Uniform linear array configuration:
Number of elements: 32
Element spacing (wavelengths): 0.5
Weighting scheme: exponential
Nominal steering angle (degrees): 30
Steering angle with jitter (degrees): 28.755
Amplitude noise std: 0.05
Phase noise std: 0.05

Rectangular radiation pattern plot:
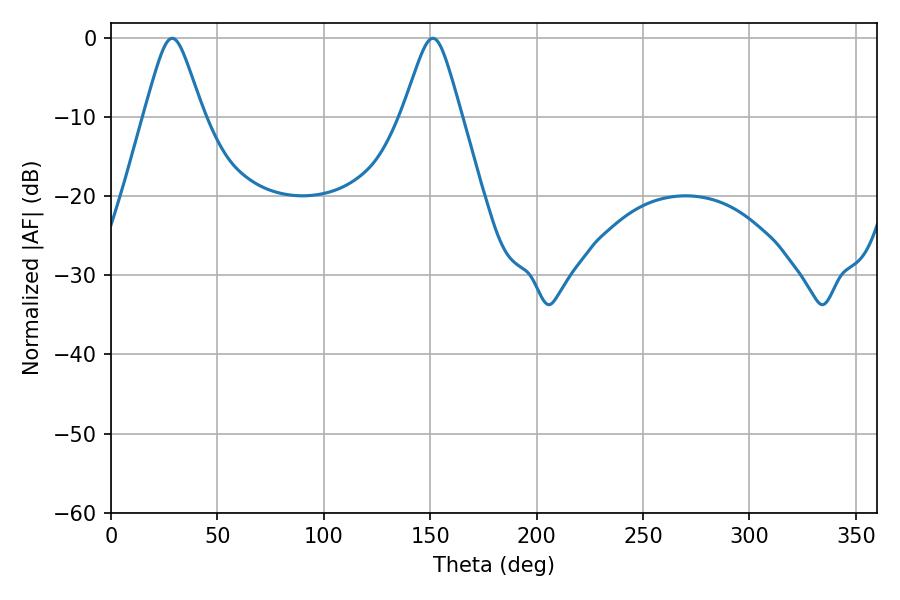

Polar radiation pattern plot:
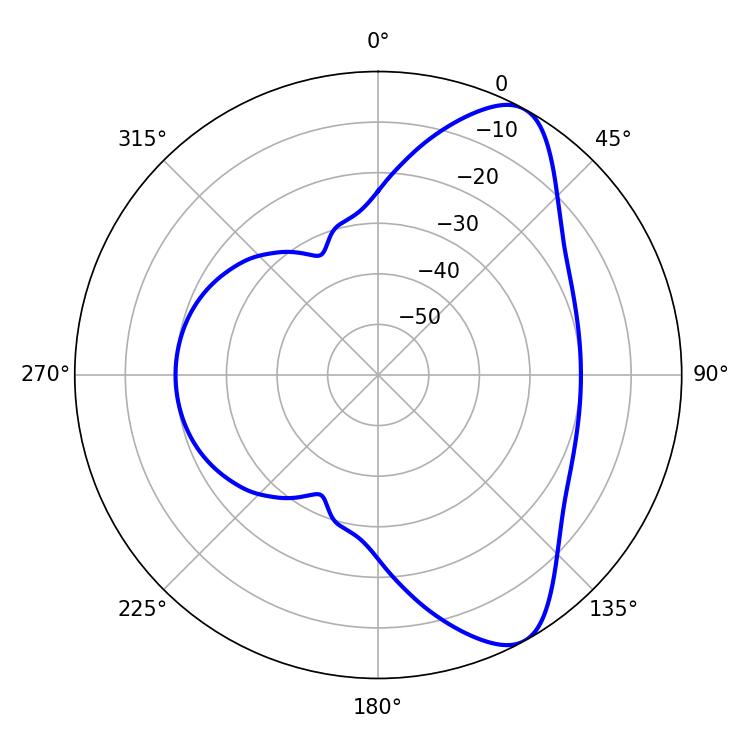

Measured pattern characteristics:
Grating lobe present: FALSE
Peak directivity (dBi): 8.583
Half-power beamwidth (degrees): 13.14
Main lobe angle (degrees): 28.8